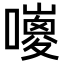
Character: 𡂅